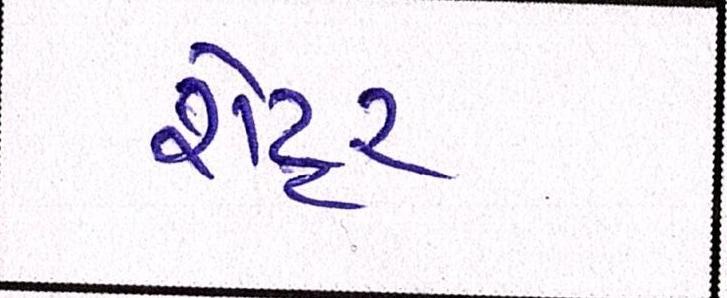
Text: શેટ્ટર